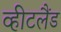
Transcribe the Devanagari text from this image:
व्हीटलैंड